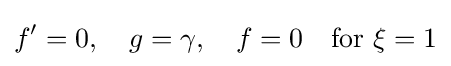
f'=0,\quad g=\gamma ,\quad f=0\quad {\text{for }}\xi =1